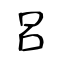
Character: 呂